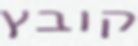
קובץ